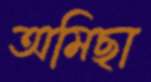
অমিছা